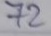
72